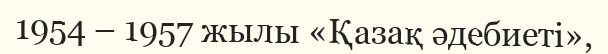
1954 – 1957 жылы «Қазақ әдебиеті»,